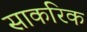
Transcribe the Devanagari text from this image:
साकरिक